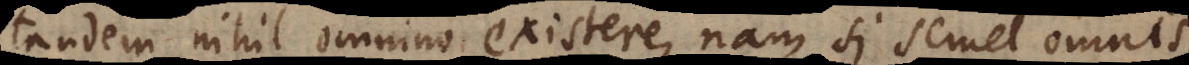
tandem nihil omnino existere, nam si semel omnis